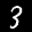
Label: 3